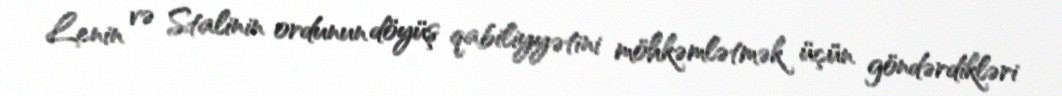
Lenin və Stalinin ordunun döyüş qabiliyyətini möhkəmlətmək üçün göndərdikləri